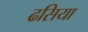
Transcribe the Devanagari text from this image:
ढसिया